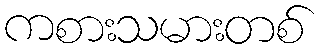
ကစားသမားတစ်